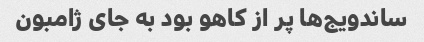
ساندویج‌ها پر از کاهو بود به جای ژامبون